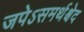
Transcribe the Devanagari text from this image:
जपेऽसमर्थश्चेद